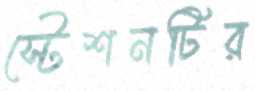
স্টেশনটির